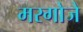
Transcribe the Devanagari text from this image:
मरगोजे